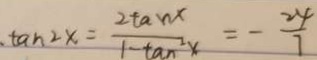
\tan 2 x = \frac { 2 \tan x } { 1 - \tan ^ { 2 } x } = - \frac { 2 4 } { 7 }